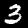
Digit: 3